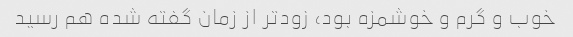
خوب و گرم و خوشمزه بود، زودتر از زمان گفته شده هم رسید